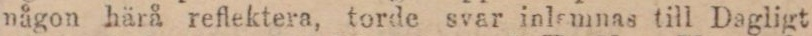
någon härå reflektera, torde svar inlamnas till Dagligt